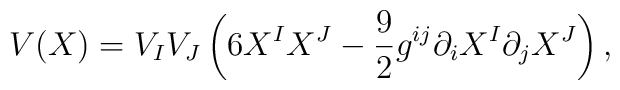
V(X)=V_{I}V_{J}\left( 6X^{I}X^{J}-{\frac{9}{2}}{g}^{ij}\partial_{i}X^{I}\partial _{j}X^{J}\right) ,